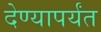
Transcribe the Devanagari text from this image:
देण्यापर्यंत